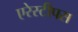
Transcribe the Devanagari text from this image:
एरेस्टीपस